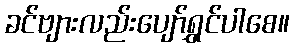
ခင်ဗျားလည်းပျော်ရွှင်ပါစေ။